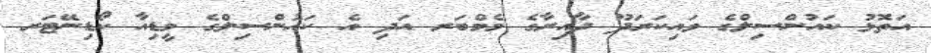
އަތޮޅު ކައުންސިލްގެ ވައިކަރަދޫ ދާއިރާގެ މެމްބަރ އަދި އެ ކައުންސިލްގެ މީޑިއާ ކޯޑިނޭޓަރ